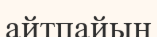
айтпайын